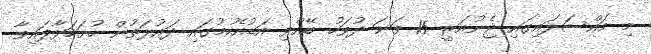
މި މައްސަލައިގައި ޖެނުއަރީ 15 ވަނަ ދުވަހު ބޭއްވި އަޑުއެހުމުގައި ދައުލަތުން ހުށަހަޅާފައިވާ